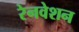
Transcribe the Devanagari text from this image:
रेनवेशन